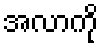
အလာကို